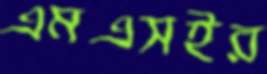
এমএসইর